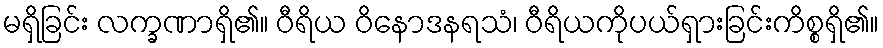
မရှိခြင်း လက္ခဏာရှိ၏။ ဝီရိယ ဝိနောဒနရသံ၊ ဝီရိယကိုပယ်ရှားခြင်းကိစ္စရှိ၏။